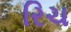
રિચ